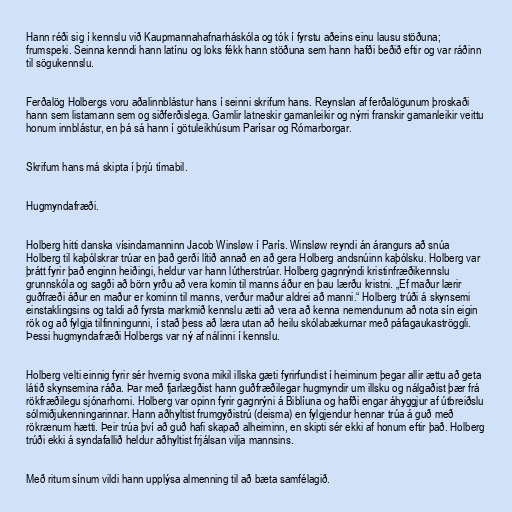
Hann réði sig í kennslu við Kaupmannahafnarháskóla og tók í fyrstu aðeins einu lausu stöðuna;
frumspeki. Seinna kenndi hann latínu og loks fékk hann stöðuna sem hann hafði beðið eftir og var ráðinn
til sögukennslu.

Ferðalög Holbergs voru aðalinnblástur hans í seinni skrifum hans. Reynslan af ferðalögunum þroskaði
hann sem listamann sem og siðferðislega. Gamlir latneskir gamanleikir og nýrri franskir gamanleikir veittu
honum innblástur, en þá sá hann í götuleikhúsum Parísar og Rómarborgar.

Skrifum hans má skipta í þrjú tímabil.

Hugmyndafræði.

Holberg hitti danska vísindamanninn Jacob Winsløw í París. Winsløw reyndi án árangurs að snúa
Holberg til kaþólskrar trúar en það gerði lítið annað en að gera Holberg andsnúinn kaþólsku. Holberg var
þrátt fyrir það enginn heiðingi, heldur var hann lútherstrúar. Holberg gagnrýndi kristinfræðikennslu
grunnskóla og sagði að börn yrðu að vera komin til manns áður en þau lærðu kristni. „Ef maður lærir
guðfræði áður en maður er kominn til manns, verður maður aldrei að manni.“ Holberg trúði á skynsemi
einstaklingsins og taldi að fyrsta markmið kennslu ætti að vera að kenna nemendunum að nota sín eigin
rök og að fylgja tilfinningunni, í stað þess að læra utan að heilu skólabækurnar með páfagaukaströggli.
Þessi hugmyndafræði Holbergs var ný af nálinni í kennslu.

Holberg velti einnig fyrir sér hvernig svona mikil illska gæti fyrirfundist í heiminum þegar allir ættu að geta
látið skynsemina ráða. Þar með fjarlægðist hann guðfræðilegar hugmyndir um illsku og nálgaðist þær frá
rökfræðilegu sjónarhorni. Holberg var opinn fyrir gagnrýni á Biblíuna og hafði engar áhyggjur af útbreiðslu
sólmiðjukenningarinnar. Hann aðhyltist frumgyðistrú (deisma) en fylgjendur hennar trúa á guð með
rökrænum hætti. Þeir trúa því að guð hafi skapað alheiminn, en skipti sér ekki af honum eftir það. Holberg
trúði ekki á syndafallið heldur aðhyltist frjálsan vilja mannsins.

Með ritum sínum vildi hann upplýsa almenning til að bæta samfélagið.